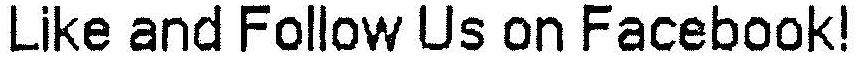
LIKE AND FOLLOW US ON FACEBOOK!